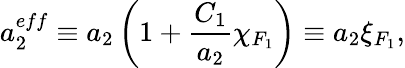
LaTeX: a_{2}^{eff}\equiv a_{2}\left(1+\frac{C_{1}}{a_{2}}\chi_{F_{1}}\right)\equiv a_{2}\xi_{F_{1}},